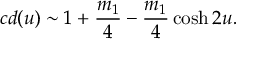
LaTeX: c d ( u ) \sim 1 + \frac { m _ { 1 } } { 4 } - \frac { m _ { 1 } } { 4 } \cosh 2 u .